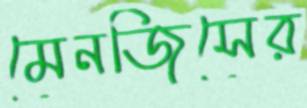
মেনজিসের